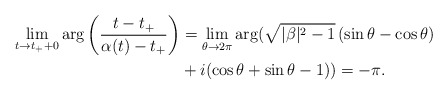
\begin{align*}\lim_{t\to t_++0} \arg \left ( \frac{t-t_+}{\alpha(t)-t_+}\right )&=\lim_{\theta\to 2\pi}\arg( \sqrt{|\beta|^2-1}\,(\sin\theta- \cos\theta)\\ &+ i(\cos \theta+\sin \theta - 1))=-\pi.\end{align*}